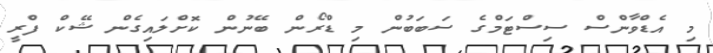
މި އެޑްވާންސް ސިސްޓަމްގެ ސަބަބުން މި ޑްރޯން ބޭނުން ކޮށްލައިގެން ޝޭކް ފްރީ